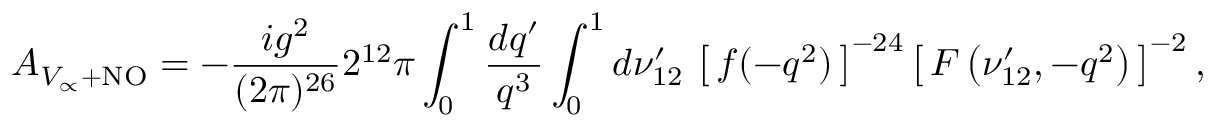
{ \cal A } _ { V _ { \propto } + \mathrm { N O } } = - { \frac { i g ^ { 2 } } { ( 2 \pi ) ^ { 2 6 } } } 2 ^ { 1 2 } \pi \int _ { 0 } ^ { 1 } { \frac { d q ^ { \prime } } { q ^ { 3 } } } \int _ { 0 } ^ { 1 } d \nu _ { 1 2 } ^ { \prime } \, \left[ \, f ( - q ^ { 2 } ) \, \right] ^ { - 2 4 } \left[ \, F \left( \nu _ { 1 2 } ^ { \prime } , - q ^ { 2 } \right) \, \right] ^ { - 2 } ,